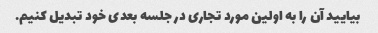
بیایید آن را به اولین مورد تجاری در جلسه بعدی خود تبدیل کنیم.